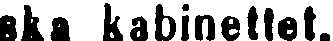
ska kabinettet.